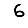
Digit: 6